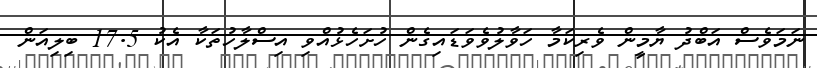
ނަމަވެސް އަބްދު ޔާމީން ވެރިކަމާ ހަވާލުވެވަޑައިގެން ހުށަހެޅުއްވި އިސްލާހުތަކާ އެކު 17.5 ބިލިއަން